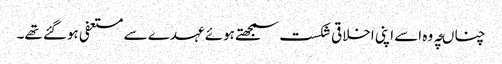
چناںچہ وہ اسے اپنی اخلاقی شکست سمجھتے ہوئے عہدے سے مستعفی ہوگئے تھے۔